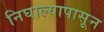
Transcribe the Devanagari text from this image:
निघाल्यापासून